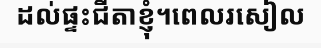
ដល់ផ្ទះជីតាខ្ញុំ។ពេលរសៀល